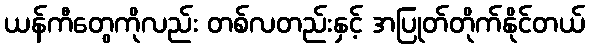
ယန်ကီတွေကိုလည်း တစ်လတည်းနှင့် အပြုတ်တိုက်နိုင်တယ်